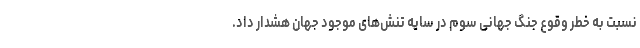
نسبت به خطر وقوع جنگ جهانی سوم در سایه تنش‌های موجود جهان هشدار داد.